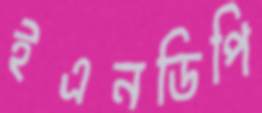
ইএনডিপি